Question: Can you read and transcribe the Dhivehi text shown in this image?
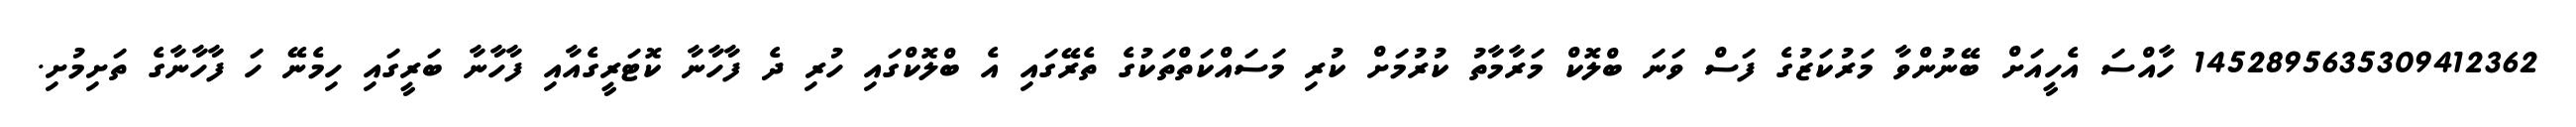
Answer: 1452895635309412362 ހާއްސަ އެހީއަށް ބޭނުންވާ މަރުކަޒުގެ ފަސް ވަނަ ބްލޮކް މަރާމާތު ކުރުމަށް ކުރި މަސައްކަތްތަކުގެ ތެރޭގައި އެ ބްލޮކްގައި ހުރި ދެ ފާހާނާ ކޮޓަރީގެއާއި ފާހާނާ ބަރީގައި ހިމެނޭ ހަ ފާހާނާގެ ތަށިމުށި.